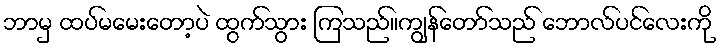
ဘာမှ ထပ်မမေးတော့ပဲ ထွက်သွား ကြသည်။ကျွန်တော်သည် ဘောလ်ပင်လေးကို